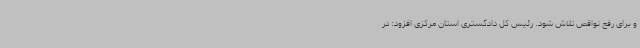
و برای رفع نواقص تلاش شود. رئیس کل دادگستری استان مرکزی افزود: در